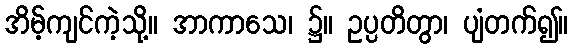
အိမ့်ကျင်ကဲ့သို့။ အာကာသေ၊ ၌။ ဥပ္ပတိတွာ၊ ပျံတက်၍။